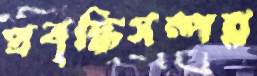
প্রবৃদ্ধিসম্পন্ন